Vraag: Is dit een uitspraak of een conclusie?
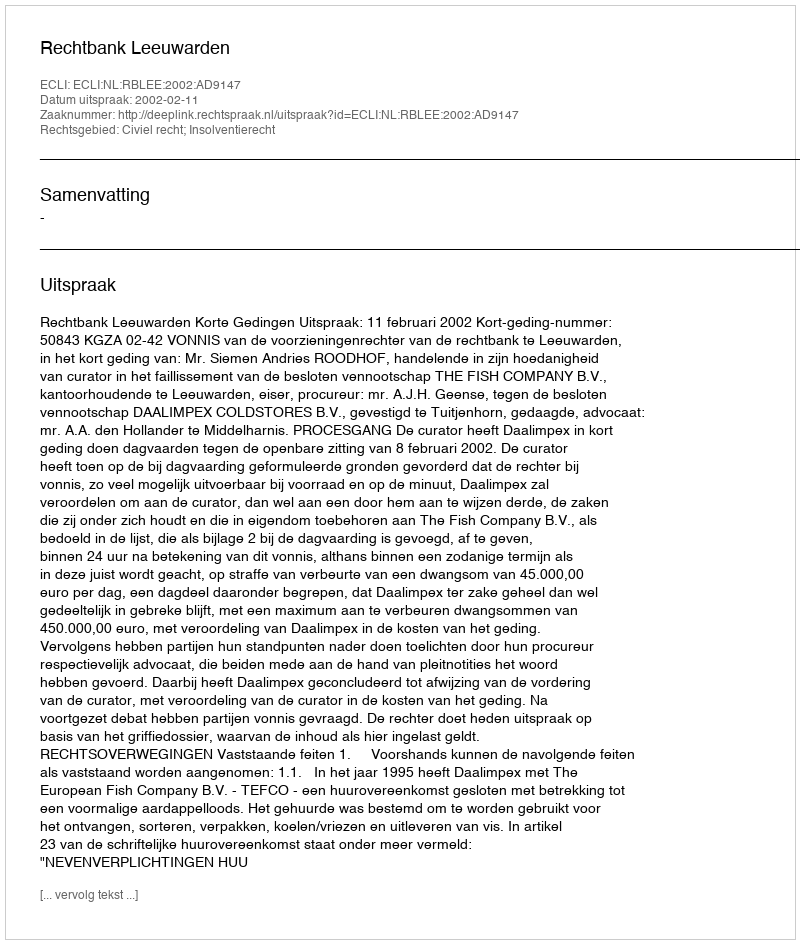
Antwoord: Uitspraak